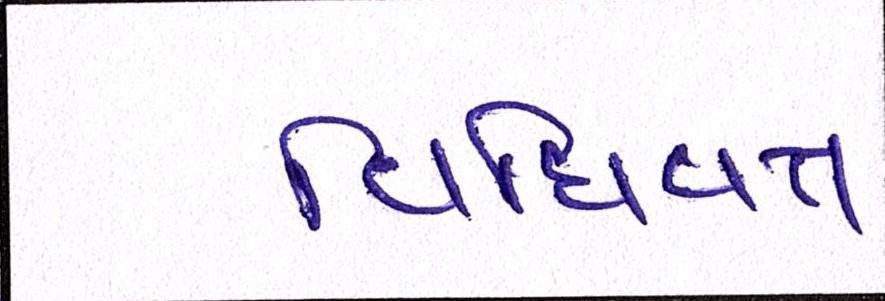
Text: વિધિવત